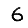
Digit: 6